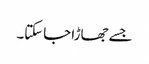
جسے جھاڑا جاسکتا۔